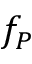
f _ { P }